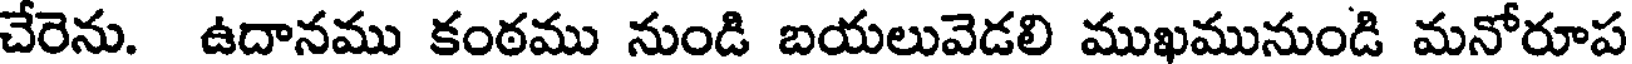
చేరెను. ఉదానము కంఠము నుండి బయలువెడలి ముఖమునుండి మనోరూప